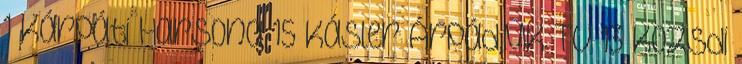
1 Kárpáti Harsona 15 Kásler Árpád,MK TV 13 Kozsdi